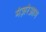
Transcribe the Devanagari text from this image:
मंज़रेआम